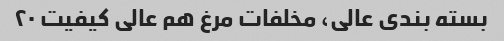
بسته بندی عالی، مخلفات مرغ هم عالی کیفیت ۲۰